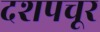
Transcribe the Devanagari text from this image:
दशपचूर